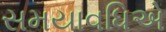
સમયાવધિએ